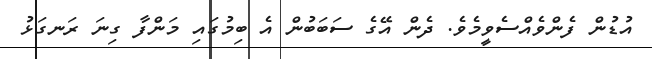
އުޑުން ފެންވެއްސެވީމެވެ. ދެން އޭގެ ސަބަބުން އެ ބިމުގައި މަންފާ ގިނަ ރަނގަޅު